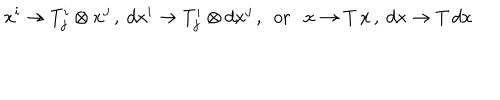
LaTeX: x ^ { i } \rightarrow T _ { j } ^ { i } \otimes x ^ { j } \, , \ d x ^ { i } \rightarrow T _ { j } ^ { i } \otimes d x ^ { j } \, , \ \ \mathrm { o r } \ \ \ x \rightarrow T \, x \, , \ d x \rightarrow T \, d x